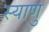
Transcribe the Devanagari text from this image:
स्याणु